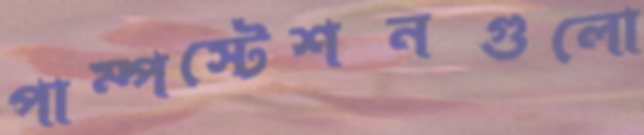
পাম্পস্টেশনগুলো